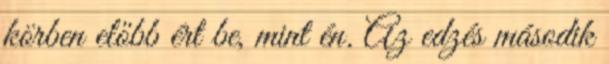
körben előbb ért be, mint én. Az edzés második